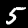
Digit: 5